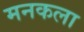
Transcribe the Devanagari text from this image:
मनकला